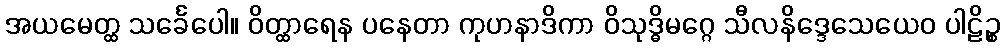
အယမေတ္ထ သင်္ခေပေါ။ ဝိတ္ထာရေန ပနေတာ ကုဟနာဒိကာ ဝိသုဒ္ဓိမဂ္ဂေ သီလနိဒ္ဒေသေယေဝ ပါဠိဉ္စ